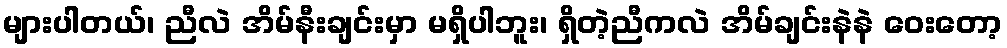
များပါတယ်၊ ညီလဲ အိမ်နီးချင်းမှာ မရှိပါဘူး၊ ရှိတဲ့ညီကလဲ အိမ်ချင်းနဲနဲ ဝေးတော့